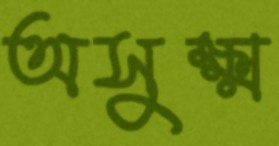
অসুক্ষ্ম